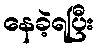
နေခဲ့ရပြီး